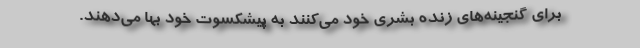
برای گنجینه‌های زنده بشری خود می‌کنند به پیشکسوت خود بها می‌دهند.